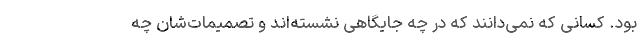
بود. کسانی که نمی‌دانند که در چه جایگاهی نشسته‌اند و تصمیمات‌شان چه